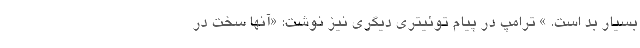
بسیار بد است. » ترامپ در پیام توئیتری دیگری نیز نوشت: «آنها سخت در